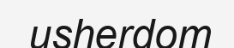
usherdom